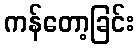
ကန်တော့ခြင်း